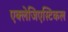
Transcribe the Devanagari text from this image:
एक्लेजिएस्टिकल